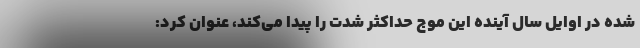
شده در اوایل سال آینده این موج حداکثر شدت را پیدا می‌کند، عنوان کرد: